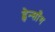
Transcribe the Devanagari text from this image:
ह्वेन्साँग